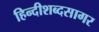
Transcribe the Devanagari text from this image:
हिन्दीशब्दसागर